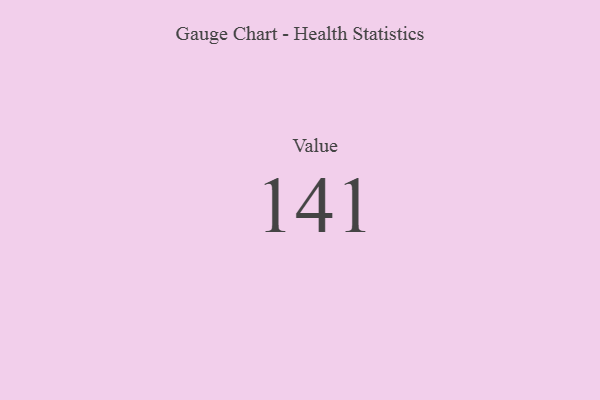
{"axis": {"x": "Metric", "y": "Value"}, "legend": [""], "data": [{"x": "Value", "y": 141, "type": ""}]}